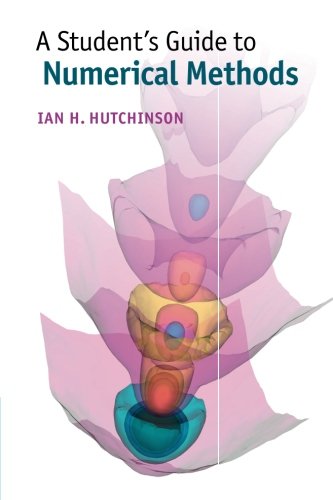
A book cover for A Student's Guide to Numerical Methods; Ian H. Hutchinson; Science & Math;